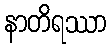
နာတိရဿာ